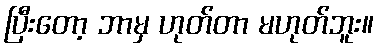
ပြီးတော့ ဘာမှ ဟုတ်တာ မဟုတ်ဘူး။